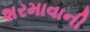
શરમાવાની